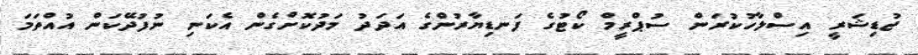
ޖުޑިޝަރީ އިސްލާހުކުރަން ސުޕްރީމް ކޯޓުގެ ފަނޑިޔާރުންގެ އަދަދު މަދުކޮށްގެން އެކަނި ނުފުދޭކަން އުއްތަމަ